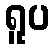
ရူပ